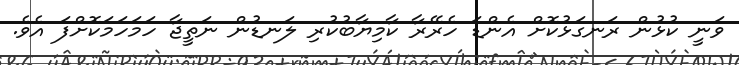
ވަނީ ކުޅުން ރަނގަޅުކޮށް އެންޑަ ހެރޭރާ ކާމިޔާބުކުރި ލަނޑުން ނަތީޖާ ހަމަހަމަކޮށްފަ އެވެ.